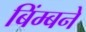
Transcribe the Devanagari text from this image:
बिंम्बने